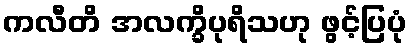
ကလီတိ အလက္ခိပုရိသဟု ဖွင့်ပြပုံ